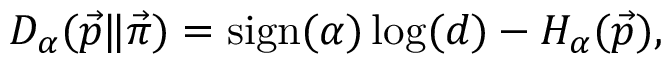
\begin{array} { r } { D _ { \alpha } ( \vec { p } \| \vec { \pi } ) = \mathrm { s i g n } ( \alpha ) \log ( d ) - H _ { \alpha } ( \vec { p } ) , } \end{array}